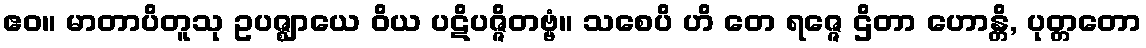
ဧဝ။ မာတာပိတူသု ဥပဇ္ဈာယေ ဝိယ ပဋိပဇ္ဇိတဗ္ဗံ။ သစေပိ ဟိ တေ ရဇ္ဇေ ဌိတာ ဟောန္တိ, ပုတ္တတော